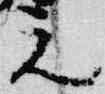
元